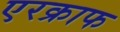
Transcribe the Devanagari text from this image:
एरक्राफ